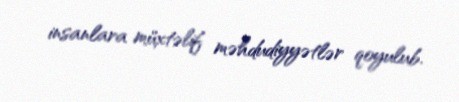
insanlara müxtəlif məhdudiyyətlər qoyulub.